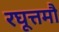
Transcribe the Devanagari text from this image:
रघूत्तमौ